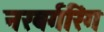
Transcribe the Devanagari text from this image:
नरबर्गरिंग